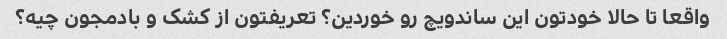
واقعا تا حالا خودتون این ساندویچ رو خوردین؟ تعریفتون از کشک و بادمجون چیه؟